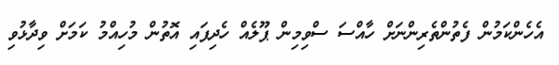
އެހެންކަމުން ފެތުންތެރިންނަށް ހާއްސަ ސްވިމިން ޕޫލެއް ހެދިފައި އޮތުން މުހިއްމު ކަމަށް ވިދާޅުވި